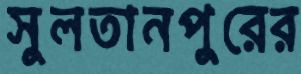
সুলতানপুরের